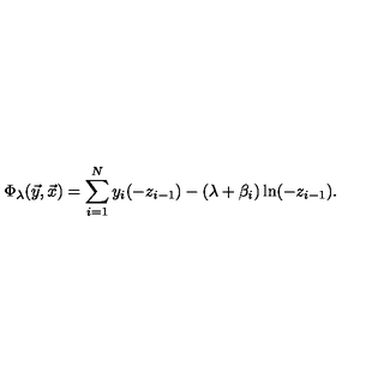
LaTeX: \Phi _ { \lambda } ( { \vec { y } } , { \vec { x } } ) = \sum _ { i = 1 } ^ { N } y _ { i } ( - z _ { i - 1 } ) - ( \lambda + \beta _ { i } ) \ln ( - z _ { i - 1 } ) .